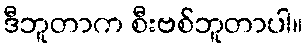
ဒီဘူတာက စီးဗစ်ဘူတာပါ။